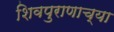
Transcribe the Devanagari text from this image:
शिवपुराणाच्या